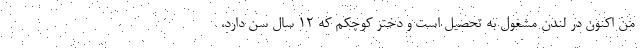
من اکنون در لندن مشغول به تحصیل است و دختر کوچکم که ۱۲ سال سن دارد،